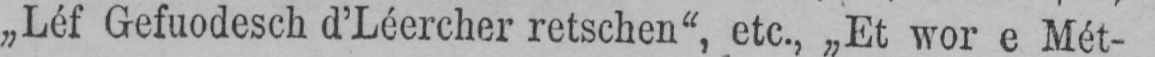
„Léf Gefuodesch d’Léercher retschen“, etc., „Et wor e Mét-